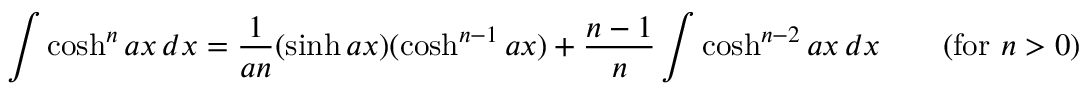
\int \cosh ^ { n } a x \, d x = { \frac { 1 } { a n } } ( \sinh a x ) ( \cosh ^ { n - 1 } a x ) + { \frac { n - 1 } { n } } \int \cosh ^ { n - 2 } a x \, d x \qquad { \mathrm { ( f o r ~ } } n > 0 { \mathrm { ) } }